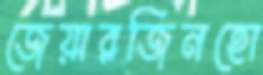
জেয়ারজিনহো